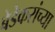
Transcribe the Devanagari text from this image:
बेडेकरांच्या